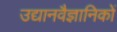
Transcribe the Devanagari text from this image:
उद्यानवैज्ञानिकों